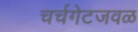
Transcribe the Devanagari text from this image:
चर्चगेटजवळ